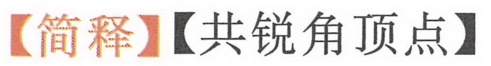
【简释】【共锐角顶点】